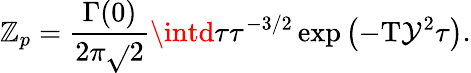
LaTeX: {\mathbb{Z}_{p}}={\frac{{\Gamma(0)}}{{2\pi\sqrt{}{{2}}}}}\intd\tau{\tau^{-3/2}}\exp\left(-\mathrm{{T}}{\mathcal{{Y}}^{2}}\tau\right).